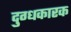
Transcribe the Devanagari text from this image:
दुग्धकारक